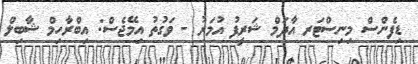
ޑިފެންސް މިނިސްޓަރ އާދަމް ޝަރީފު އުމަރު - ވަގުތު އިމޭޖެސް: އިބްރާހިމް ޝާބިލް